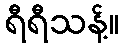
ရီရီသန့်။